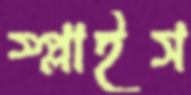
স্প্লাইস